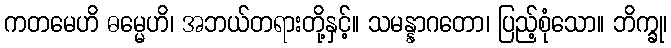
ကတမေဟိ ဓမ္မေဟိ၊ အဘယ်တရားတို့နှင့်။ သမန္နာဂတော၊ ပြည့်စုံသော။ ဘိက္ခု၊